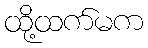
ထို့ထက်မက